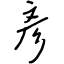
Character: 彥